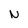
Character: N